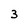
Character: 3